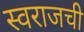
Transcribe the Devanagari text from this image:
स्वराजची